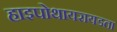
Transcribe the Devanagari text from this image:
हाइपोथायरायडता